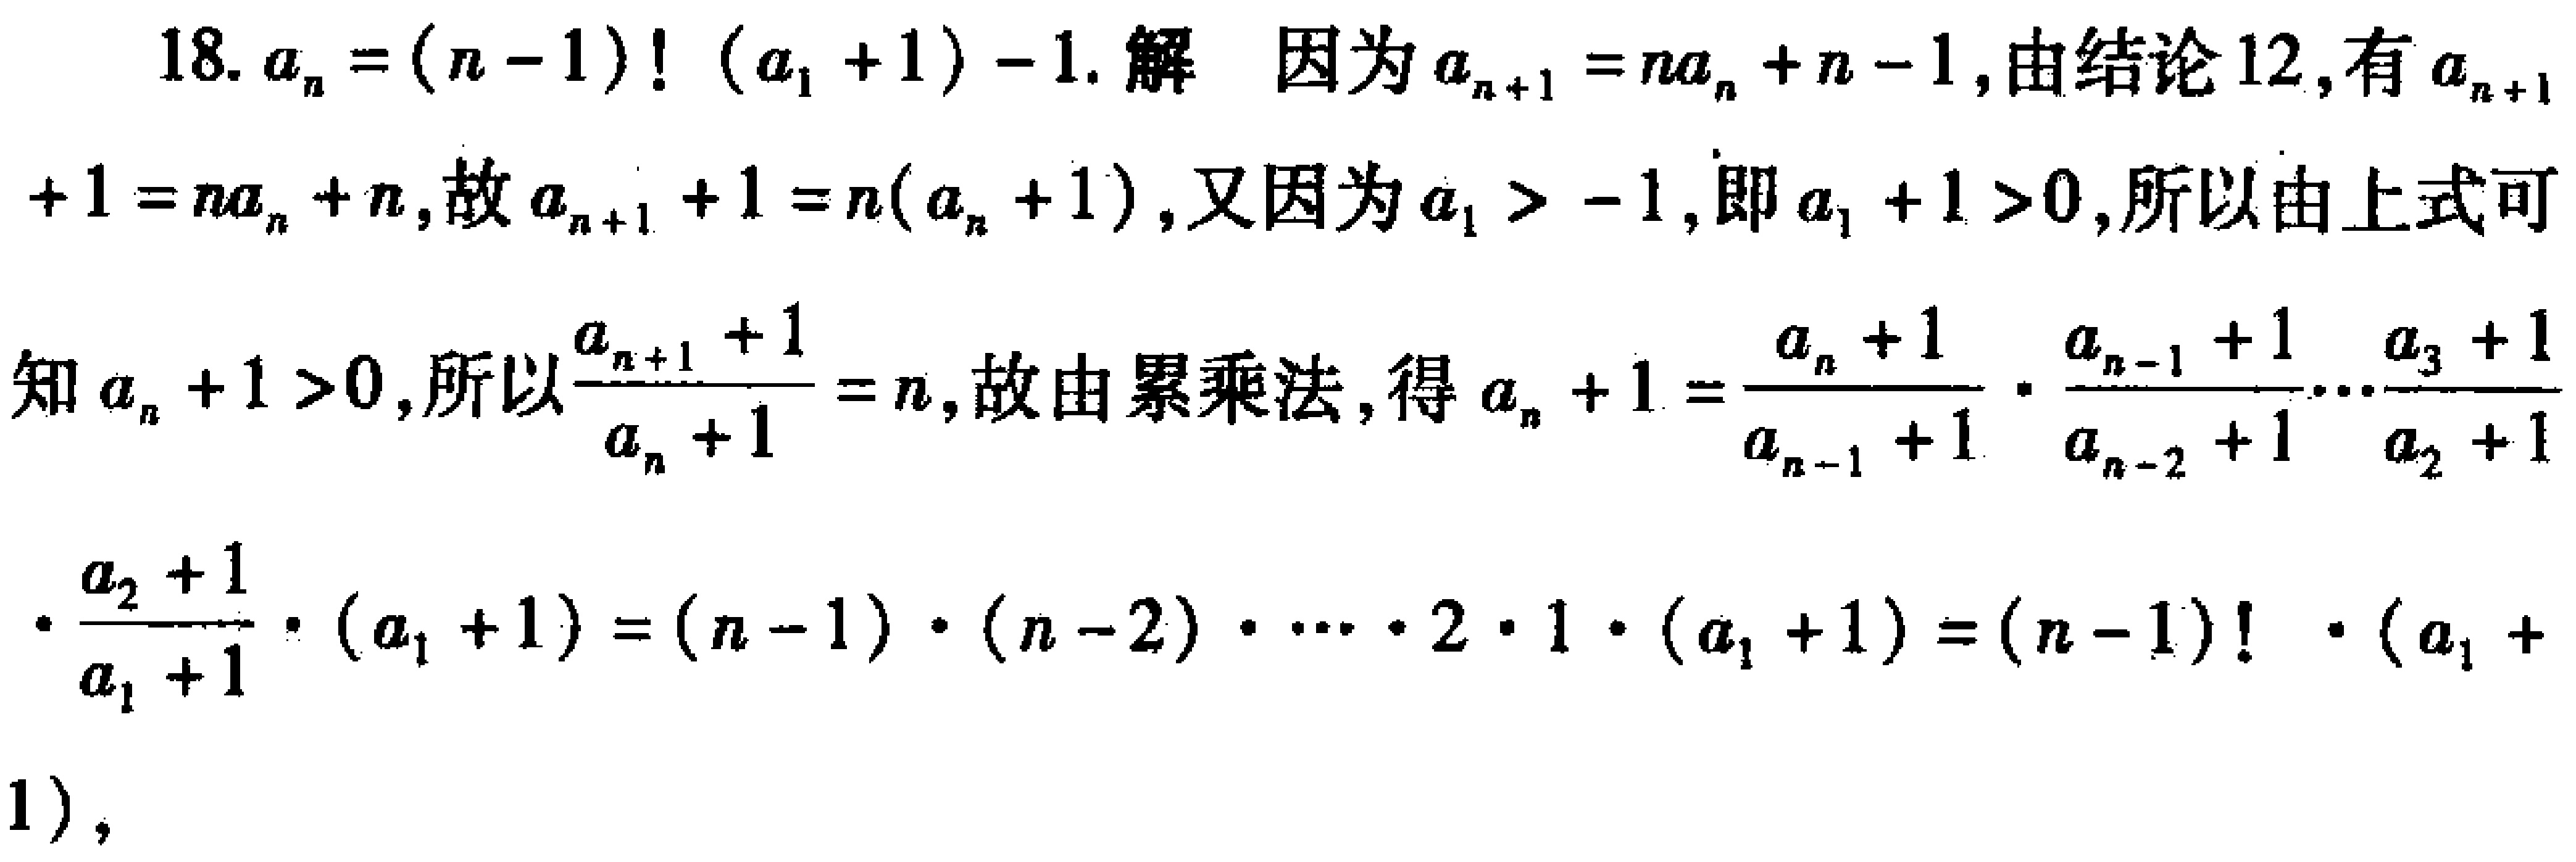
例 2